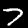
Digit: 7